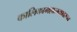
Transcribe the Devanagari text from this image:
कालिकामहात्म्यावरून